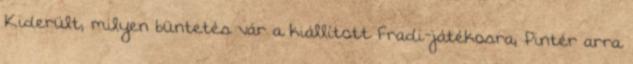
Kiderült, milyen büntetés vár a kiállított Fradi-játékosra; Pintér arra